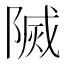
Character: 𨻒